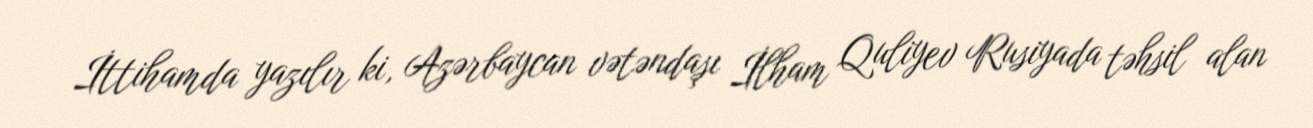
İttihamda yazılır ki, Azərbaycan vətəndaşı İlham Quliyev Rusiyada təhsil alan